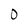
Character: 0